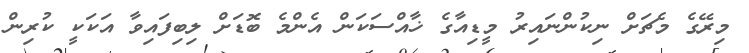
މިރޭގެ މެޗަށް ނިކުންނައިރު މީޑިއާގެ ޚާއްސަކަން އެންމެ ބޮޑަށް ލިބިފައިވާ އަކަކީ ކުރިން